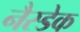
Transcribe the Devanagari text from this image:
नैस्डेक